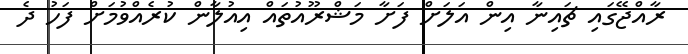
ރާއްޖޭގައި ޗައިނާ އިން އަލަށް ފަށާ މަޝްރޫއުތައް އިއުލާން ކުރެއްވުމަށް ފަހު ދެ